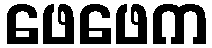
ဖေဖေက